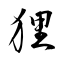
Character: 狸